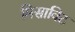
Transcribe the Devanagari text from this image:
मिसाविट